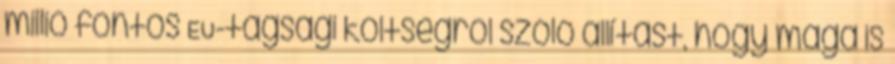
millió fontos EU-tagsági költségről szóló állítást, hogy maga is